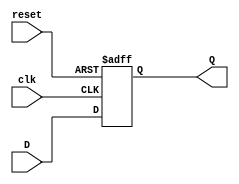
module dff(
input D,
input clk,
input reset,
output reg Q
);
always @ (posedge(clk), posedge(reset))
begin
if (reset == 1)
Q <= 1'b0;
else
Q <= D;
end
endmodule

module clk_divider(
input clk,
input reset,
output clk_en
);
wire [27:0] din;
wire [27:0] clkdiv;
dff dff_inst0 (
.clk(clk),
.reset(reset),
.D(din[0]),
.Q(clkdiv[0])
);
genvar i;
generate
for (i = 1; i < 27; i=i+1)
begin : dff_gen_label
dff dff_inst (
.clk(clkdiv[i-1]),
.reset(reset),
.D(din[i]),
.Q(clkdiv[i])
);
end
endgenerate
assign din = ~clkdiv;
assign clk_en = clkdiv[26];
endmodule




module counter(clk,reset,up,down,salida,increasevalue,out,enable); // increasevalue representa el numero de 4bits de la pregunta 3
input [3:0] increasevalue;
input clk,reset,up,down;
output reg [3:0] enable;
output reg [6:0] out;
output wire [6:0] salida;
wire clk_en;
reg [6:0] number;

reg [3:0] LED_BCD;
reg [19:0] refresh_counter;
wire [1:0] LED_activating_counter;


reg [2:0] current_state,next_state;
parameter S0 = 3'b000;
parameter S1 = 3'b001;
parameter S2 = 3'b010;
parameter S3 = 3'b011;
parameter S4 = 3'b100;
parameter S5 = 3'b101;
parameter S6 = 3'b110;

clk_divider clk_enable(clk,reset,clk_en);
always @(posedge clk_en, posedge reset)begin
    if(reset) begin
        current_state <= S0;
    end
    else
        current_state <= next_state;
end

always @(current_state, up, down)
begin
    next_state = current_state;
    case(current_state)
        S0: begin
            if(up)begin
                next_state = S1;
            end
            else if(down) begin
                next_state = S3;
            end
        end
        S1: begin
            if(~up)begin
                next_state = S2;
            end
            else if(down) begin
                next_state = S3;
            end
        end
        S2: begin
            if(up) begin
                next_state = S1;
            end
            else if(down)begin
                next_state = S3;
            end
            else
                next_state = S5;
        end
        S3: begin
            if(~down) begin
                next_state = S4;
            end
            else if(up) begin
                next_state = S1;
            end
        end
        S4: begin
            if(down) begin
                next_state = S3;
            end
            else if(up) begin
                next_state = S1;
            end
            else
                next_state = S6;
        end
        S5:begin
            if(up) begin
                next_state = S1;
            end
            else if(down) begin
                next_state = S3;
            end
            else
                next_state = S2;
        end
        S6:
            if(up)begin
                next_state = S1;
            end
            else if(down)begin
                next_state = S3;
            end
            else
                next_state = S4;

        default: next_state = S0;
    endcase
end


always @(posedge clk_en)
begin
    case(current_state)
        S0:begin
            number <= 0;
        end
        S1: begin
            if(~up)begin
                number <= (number+increasevalue > 100 ? 0: number + increasevalue);
            end
        end
        S2: begin
            if(~up) begin
                number <= (number+increasevalue > 100 ? 0: number + increasevalue);
            end
        end
        S3: begin
            if(~down) begin
                number <= (number-increasevalue > 100 ? 100:number -increasevalue);
            end
        end
        S4: begin
            if(~down) begin
                number <= (number-increasevalue > 100 ? 100:number -increasevalue);
            end
        end
        S5:begin
            if(~up) begin
                number <= (number+increasevalue > 100 ? 0: number + increasevalue);
            end
        end
        S6:begin
            if(~down) begin
                number <= (number- increasevalue> 100 ? 100:number -increasevalue);
            end
        end
    endcase
end

assign salida = number;

        always @(posedge clk or posedge reset) //Inicio del apartado de la pregunta 2 | Usamos el clk para que las transiciones de los 2 digitos sean rapidas para el ser humano, dando la apariencia de que los 2 digitos se cambian simultaneamente. Y no como una transicion de digit1 a digit2 y en reversa.
    begin
        if(reset==1)
            refresh_counter <= 0;
        else
            refresh_counter <= refresh_counter + 1;
    end
    assign LED_activating_counter = refresh_counter[19:18];
    always @(*)
    begin
        case(LED_activating_counter)
        2'b10: begin
            enable = 4'b1101;
            LED_BCD = ((number % 4096)%256)/16;
        end
        2'b11: begin
            enable = 4'b1110;
            LED_BCD = ((number % 4096)%256)%16;
        end
        endcase
    end
    always @(*)
    begin
        case(LED_BCD)
            4'b0000 : out<=7'b0000001;    //Display 0
            4'b0001 : out<=7'b1001111;    //Display 1
            4'b0010 : out<=7'b0010010;    //Display 2
            4'b0011 : out<=7'b0000110;    //Display 3
            4'b0100 : out<=7'b1001100;    //Display 4
            4'b0101 : out<=7'b0100100;    //Display 5
            4'b0110 : out<=7'b0100000;    //Display 6
            4'b0111 : out<=7'b0001111;    //Display 7
            4'b1000 : out<=7'b0000000;    //Display 8
            4'b1001 : out<=7'b0001100;    //Display 9
            4'b1010 : out<=7'b0001000;    //Display A
            4'b1011 : out<=7'b1100000;    //Display b
            4'b1100 : out<=7'b0110001;    //Display C
            4'b1101 : out<=7'b1000010;    //Display d
            4'b1110 : out<=7'b0110000;    //Display E
            4'b1111 : out<=7'b0111000;    //Display F
        endcase
    end

endmodule